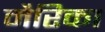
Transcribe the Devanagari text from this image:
मैरिका